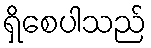
ရှိစေပါသည်